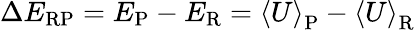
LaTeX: \Delta E_{\mathrm{RP}}=E_{\mathrm{P}}-E_{\mathrm{R}}=\left<U\right>_{\mathrm{P}}-\left<U\right>_{\mathrm{R}}